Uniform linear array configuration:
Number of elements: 4
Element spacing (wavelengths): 0.25
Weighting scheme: cosine
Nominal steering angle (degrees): -15
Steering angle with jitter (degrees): -16.505
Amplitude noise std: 0.05
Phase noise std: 0.05

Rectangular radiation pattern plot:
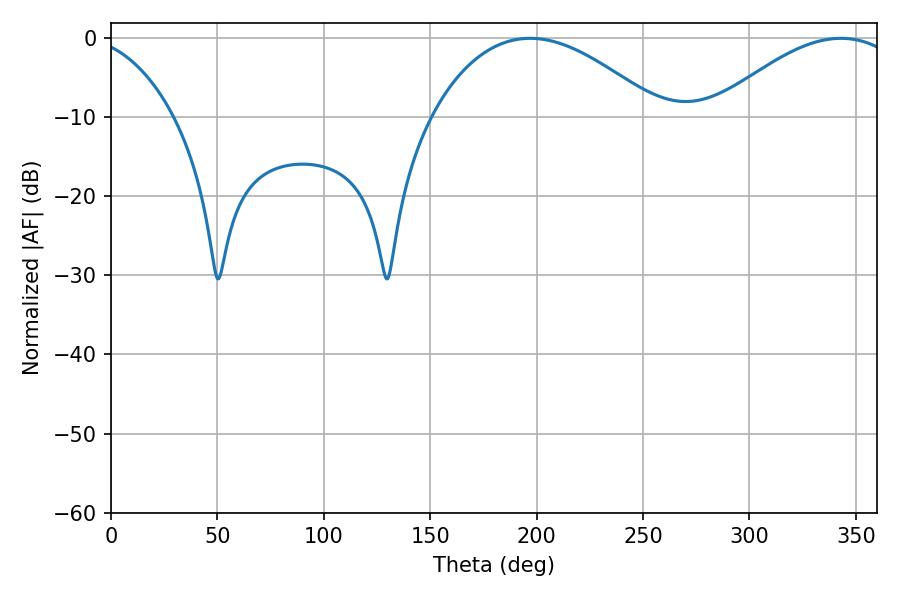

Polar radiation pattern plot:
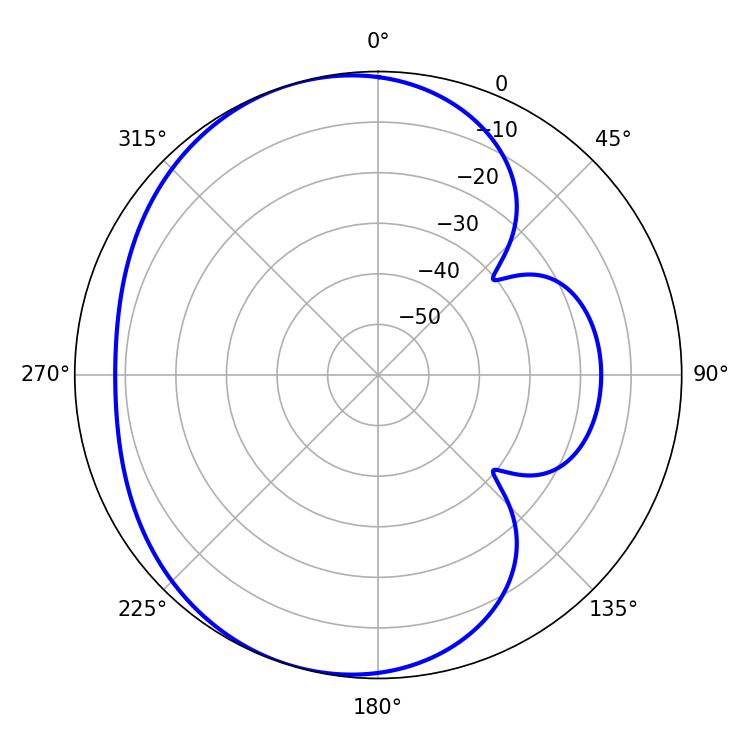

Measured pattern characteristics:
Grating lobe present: FALSE
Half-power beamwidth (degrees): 59.4
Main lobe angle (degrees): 196.92